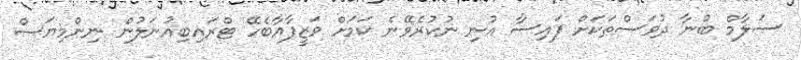
ސަލާމް ބުނާ ދުވަސްތަކަށް ފައިސާ އުނި ނުކުރެވޭނެ ކަމަށް ވަޒީފާއާބެހޭ ޓްރައިބިއުނަލުން ނިންމިޔަސް